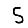
Digit: 5